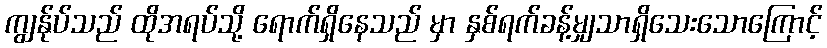
ကျွန်ုပ်သည် ထိုအရပ်သို့ ရောက်ရှိနေသည် မှာ နှစ်ရက်ခန့်မျှသာရှိသေးသောကြောင့်